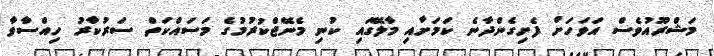
މަޝްރޫއުވެސް އަވަހަށް ފެށިގެންދާނެ ކަމަށާއި މާލޭގައި ކުނި މެނޭޖްކުރުމުގެ މަސައްކަތް ސަރުކާރު ހިއްސާވާ